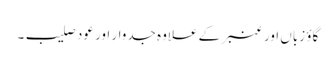
گاؤ زباں اور عنبر کے علاوہ جدوار اور عود صلیب۔